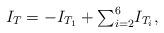
LaTeX: \begin{align*}I_{T} =-I_{T_1} + {\textstyle\sum\nolimits_{i=2}^{6}}I_{T_i}, \end{align*}